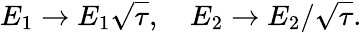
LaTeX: E_{1}\rightarrow E_{1}\sqrt{\tau},\quad E_{2}\rightarrow E_{2}/\sqrt{\tau}.